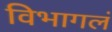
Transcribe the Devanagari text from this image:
विभागलं